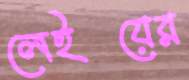
লেইয়ের